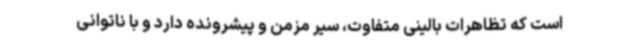
است که تظاهرات بالینی متفاوت، سیر مزمن و پیشرونده دارد و با ناتوانی